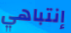
إنتباهي